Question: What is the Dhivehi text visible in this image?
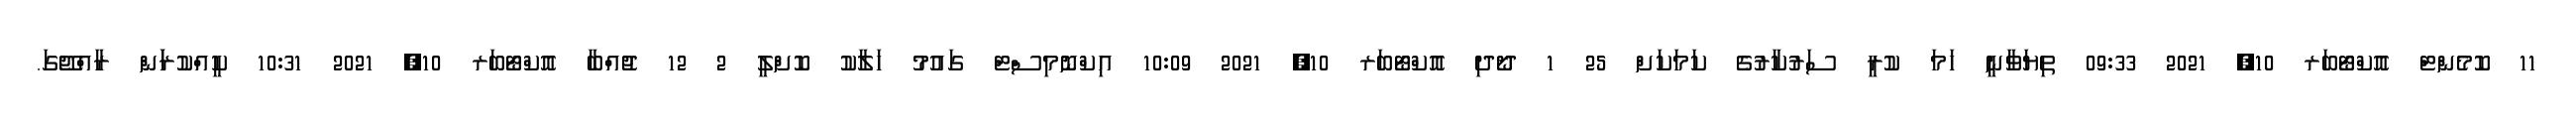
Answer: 11 ކޮމެންޓް އޮކްޓޯބަރ 10, 2021 09:33 ތިޔަވާނީ ހަމަ ކުރީ ސަރުކާރުގެ ކަމަކަށް 25 1 ދޯދި އޮކްޓޯބަރ 10, 2021 10:09 އިކްނޮމިސްޓް ގައުމު ހަލާކު ކޮށްލީ 2 12 ޖުއްބާ އޮކްޓޯބަރ 10, 2021 10:31 ކީއްކުރަަން ރާއްޖޭގަ.